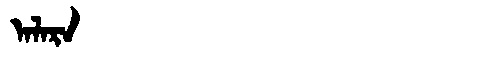
Manchu: ᠠᠯᠠᡵᠠ
Romanization: ALARA